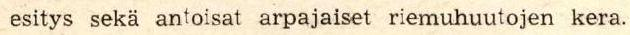
esitys sekä antoisat arpajaiset riemuhuutojen kera.